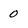
Character: 0